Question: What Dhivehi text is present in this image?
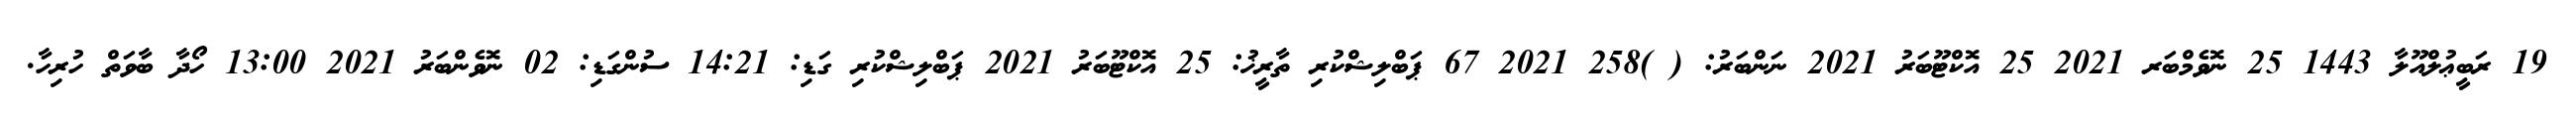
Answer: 19 ރަބީޢުލްއޫލާ 1443 25 ނޮވެމްބަރ 2021 25 އޮކްޓޫބަރު 2021 ނަންބަރު: ( )258 2021 67 ޕަބްލިޝްކުރި ތާރީޚު: 25 އޮކްޓޫބަރު 2021 ޕަބްލިޝްކުރި ގަޑި: 14:21 ސުންގަޑި: 02 ނޮވެންބަރު 2021 13:00 ހޯދާ ބާވަތް ހުރިހާ.